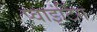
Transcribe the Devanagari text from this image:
प्वाइंटिंग